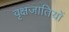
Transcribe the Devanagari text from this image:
वृक्षजातियों